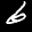
Label: 6